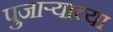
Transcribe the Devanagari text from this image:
पुजाऱ्याच्या